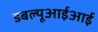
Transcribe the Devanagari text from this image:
डबल्यूआईआई